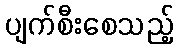
ပျက်စီးစေသည့်